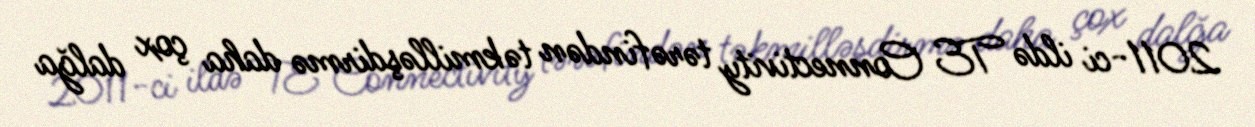
2011-ci ildə TE Connectivity tərəfindən təkmilləşdirmə daha çox dalğa